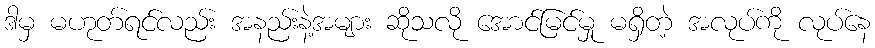
ဒါမှ မဟုတ်ရင်လည်း အနည်းနဲ့အများ ဆိုသလို အောင်မြင်မှု မရှိတဲ့ အလုပ်ကို လုပ်နေ